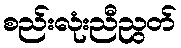
စည်းလုံးညီညွတ်